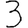
Digit: 3